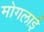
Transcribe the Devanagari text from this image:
मोगलार्इ